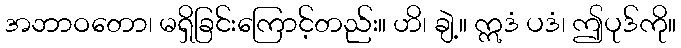
အဘာဝတော၊ မရှိခြင်းကြောင့်တည်း။ ဟိ၊ ချဲ့။ ဣဒံ ပဒံ၊ ဤပုဒ်ကို။